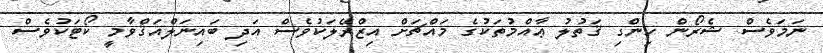
ނަމަވެސް ޝެރޯން ހިންގި ޤަތުލު ޢާއްމުތަކުގެ މައްޗަށް އިޒްރޭލަކުވެސް އަދި ބައިނަލްއަޤްވާމީ ކޯޓަކުވެސް